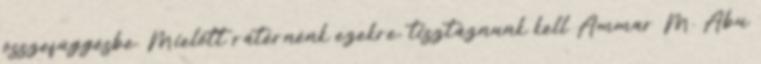
összefüggésbe. Mielőtt rátérnénk ezekre, tisztáznunk kell Ammar M. Abu